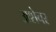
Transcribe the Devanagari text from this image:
अशेचर